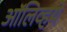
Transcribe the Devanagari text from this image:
ऑलिव्हये